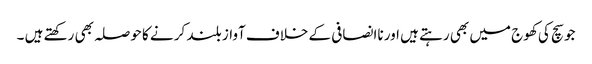
جو سچ کی کھوج میں بھی رہتے ہیں اور ناانصافی کے خلاف آواز بلند کر نے کا حوصلہ بھی رکھتے ہیں ۔